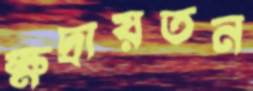
ক্ষদ্রায়তন